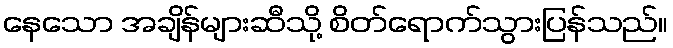
နေသော အချိန်များဆီသို့ စိတ်ရောက်သွားပြန်သည်။